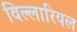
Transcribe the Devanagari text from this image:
विल्लारियल